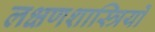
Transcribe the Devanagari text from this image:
लक्षणशास्त्रियों